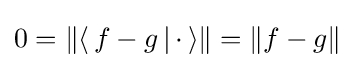
0=\|\langle \,f-g\,|\,\cdot \,\rangle \|=\|f-g\|